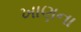
ખાણના